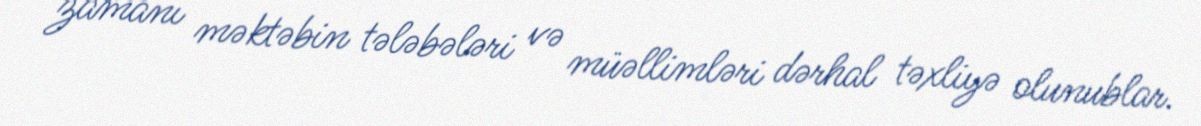
zamanı məktəbin tələbələri və müəllimləri dərhal təxliyə olunublar.